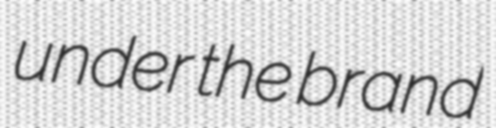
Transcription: under the brand